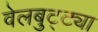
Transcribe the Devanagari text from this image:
वेलबुट्ट्या